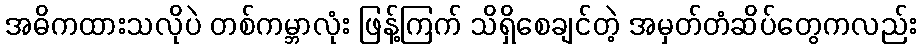
အဓိကထားသလိုပဲ တစ်ကမ္ဘာလုံး ဖြန့်ကြက် သိရှိစေချင်တဲ့ အမှတ်တံဆိပ်တွေကလည်း